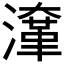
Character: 㵮